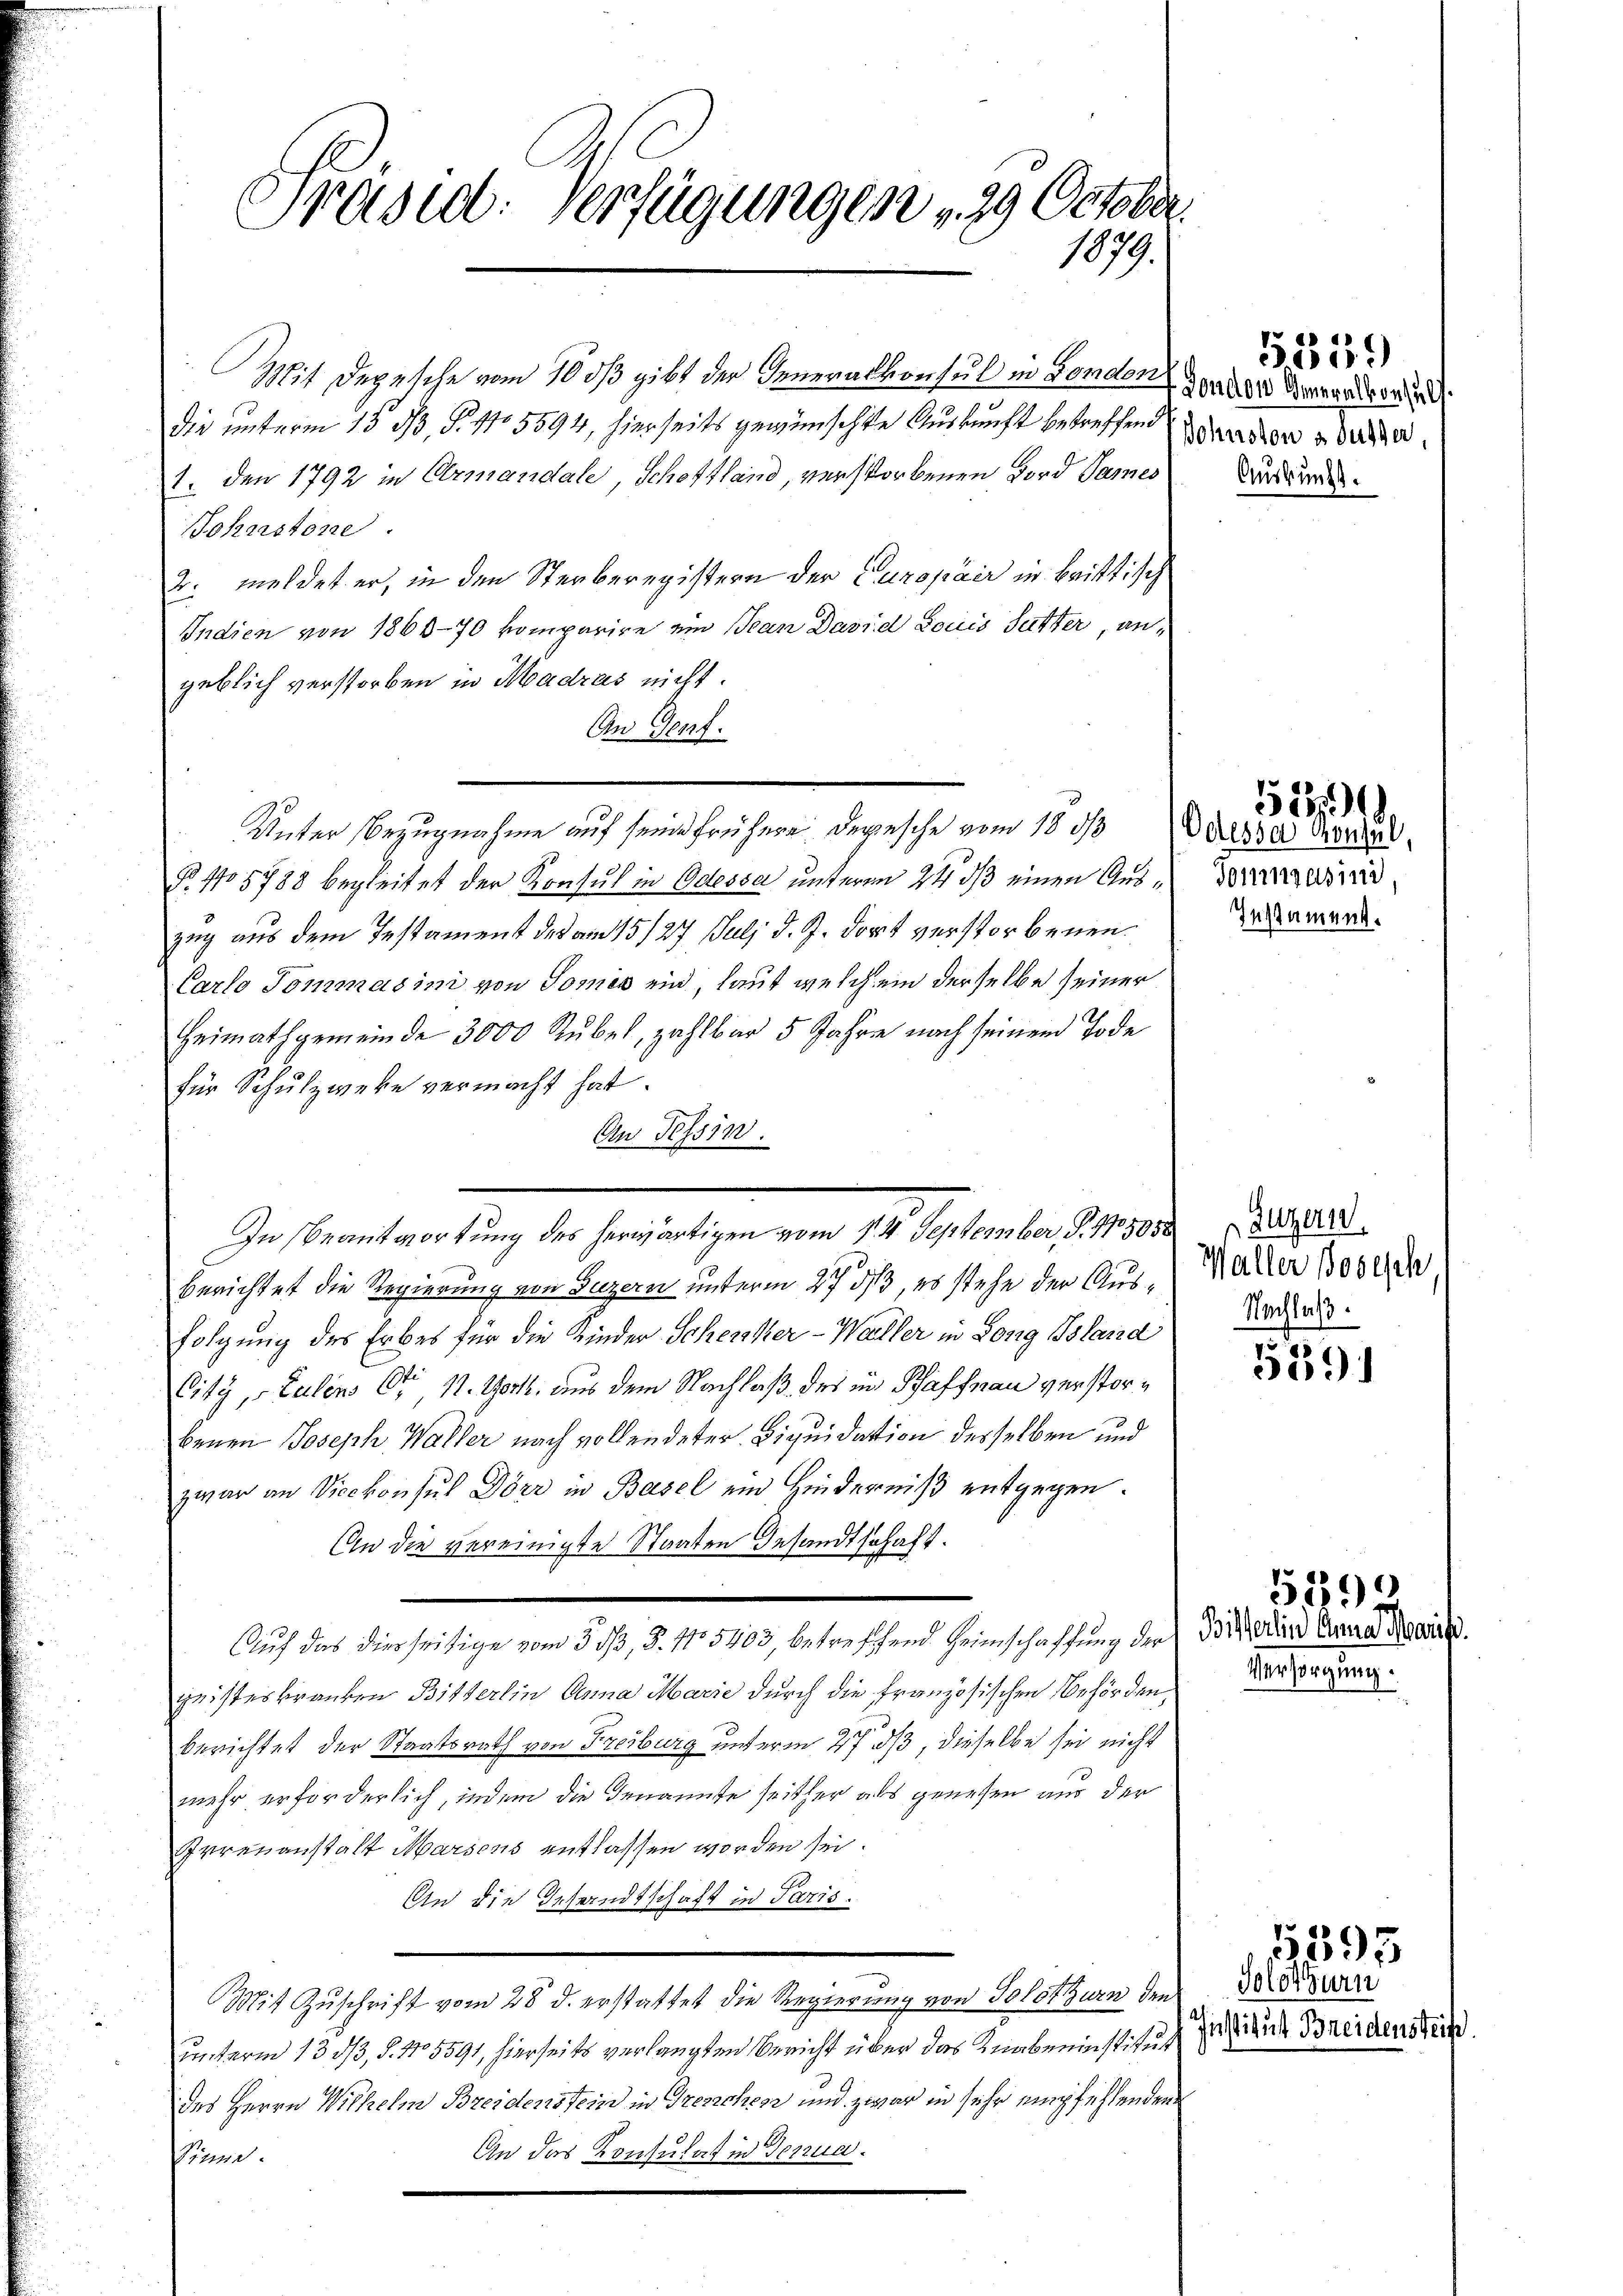
Präsid. Verfügungen 29 October
1079.

Mit Depesche vom 10 dß gibt der Generalkonsul in Fondon
die unterm 13. 33, S. 110 5594, hierseits gewünschte Auskunft betreffendenden u. da
1. Den 1792 in Ermandale, Schottland, verstorbenen Ford Sames
Johanstone.
2. meldet er, in den Sterberegistern der Europair in brittisch
Indien von 1866-70 komparire ein Jean David Louis Futter, angeblich verstorben in Madres nicht.
An Genf.
Unter Bezugnahme auf seine frühere Depesche vom 18. ds
P. No 5788 begleitet der Konsul in Odessa unterm 24. ds einen Auszug aus dem Testament des am 15./27 Juli d. J. dort verstorbenen
Carlo Tommasini von Tomis ein, laut welchem derselbe seiner
Heimathgemeinde 3000 Rubel, zahlbar 5 Jahre nach seinem Tode
für Schulzweke vermacht hat.
An Tessin.
berichtet die Regierung von Luzern unterm 27 3/3, es stehe der Ausfolgung des Erbes für die Kinder Scherster-Weiller in Long Bland
City, Lulens 64, 11. Werk, aus dem Nachlaß des in Schaffmann verstorbenen Joseph Waller nach vollendeter Liquidation desselben und
zwar an Vicekonsul Dörr in Basel ein Hinderniß entgegen.
An die vereinigte Staaten Gesandtschaft.
Auf das diesseitige vom 3 dß, 8. No 5403, betreffend Heimschaffung der
geisteskranken Bitterlin Anna Marie durch die Französischen Behörden,
berichtet der Staatsrath von Freiburg unterm 27. ds, dieselbe sei nicht
mehr erforderlich, indem die Genannte seither als genesen aus der
rrezanstalt Marsens entlassen worden sei.
An die Gesandtschaft in Paris.
Mit Zuschrift vom 28. d. erstattet die Regierung von Solothurn den
unterm 13. dβ, §. 15591, hierseits verlangten Bericht über das Knabeninstitut
des Herrn Wilhelm Breidenstein in Trenchen und zwar in sehr empfehlenden
An das Konsulat in Genua.
Sinne.

In Beantwortung des herwärtigen vom 14. September, S. 175058 der

London Generalkonsuls.
Auskunft.

5359

Odessa konsul,
Tommgasind
Instament.

1519

Waller Josisch
Nachlaß.

5191

Bitterlin Anna Mari
Versorgung.

5190

Solothurn
Institut Breidensteife

5395